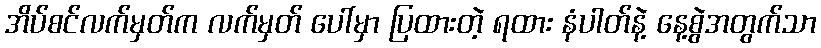
အိပ်စင်လက်မှတ်က လက်မှတ် ပေါ်မှာ ပြထားတဲ့ ရထား နံပါတ်နဲ့ နေ့စွဲအတွက်သာ